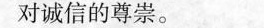
对诚信的尊崇。